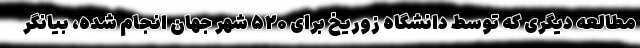
مطالعه دیگری که توسط دانشگاه زوریخ برای ۵۲۰ شهر جهان انجام شده، بیانگر